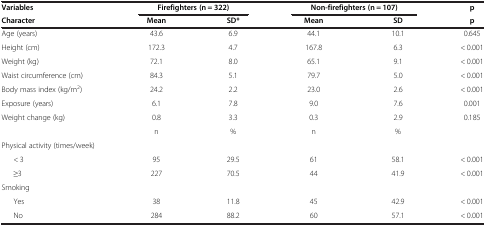
<table><thead><tr><td><b>Variables</b></td><td colspan="2"><b>Firefighters (n = 322)</b></td><td colspan="2"><b>Non-firefighters (n = 107)</b></td><td><b>p</b></td></tr><tr><td><b>Character</b></td><td><b>Mean</b></td><td><b>SD*</b></td><td><b>Mean</b></td><td><b>SD</b></td><td><b>p</b></td></tr></thead><tbody><tr><td>Age (years)</td><td>43.6</td><td>6.9</td><td>44.1</td><td>10.1</td><td>0.645</td></tr><tr><td>Height (cm)</td><td>172.3</td><td>4.7</td><td>167.8</td><td>6.3</td><td>&lt; 0.001</td></tr><tr><td>Weight (kg)</td><td>72.1</td><td>8.0</td><td>65.1</td><td>9.1</td><td>&lt; 0.001</td></tr><tr><td>Waist circumference (cm)</td><td>84.3</td><td>5.1</td><td>79.7</td><td>5.0</td><td>&lt; 0.001</td></tr><tr><td>Body mass index (kg/m<sup>2</sup>)</td><td>24.2</td><td>2.2</td><td>23.0</td><td>2.6</td><td>&lt; 0.001</td></tr><tr><td>Exposure (years)</td><td>6.1</td><td>7.8</td><td>9.0</td><td>7.6</td><td>0.001</td></tr><tr><td>Weight change (kg)</td><td>0.8</td><td>3.3</td><td>0.3</td><td>2.9</td><td>0.185</td></tr><tr><td> </td><td>n</td><td>%</td><td>n</td><td>%</td><td> </td></tr><tr><td>Physical activity (times/week)</td><td> </td><td> </td><td> </td><td> </td><td> </td></tr><tr><td>&lt; 3</td><td>95</td><td>29.5</td><td>61</td><td>58.1</td><td>&lt; 0.001</td></tr><tr><td>≥3</td><td>227</td><td>70.5</td><td>44</td><td>41.9</td><td>&lt; 0.001</td></tr><tr><td>Smoking</td><td> </td><td> </td><td> </td><td> </td><td> </td></tr><tr><td>Yes</td><td>38</td><td>11.8</td><td>45</td><td>42.9</td><td>&lt; 0.001</td></tr><tr><td>No</td><td>284</td><td>88.2</td><td>60</td><td>57.1</td><td>&lt; 0.001</td></tr></tbody></table>